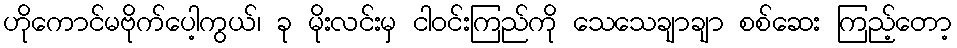
ဟိုကောင်မဗိုက်ပေါ့ကွယ်၊ ခု မိုးလင်းမှ ငါဝင်းကြည်ကို သေသေချာချာ စစ်ဆေး ကြည့်တော့